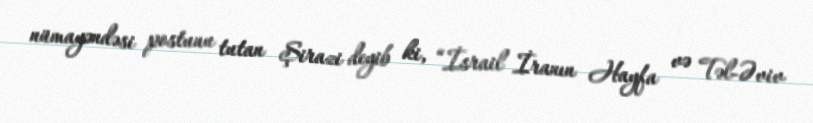
nümayəndəsi postunu tutan Şirazi deyib ki, “İsrail İranın Hayfa və Təl-Əviv